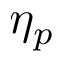
\eta _ { p }